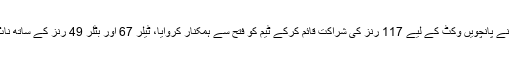
ٹیلر اور بٹلر نے پانچویں وکٹ کے لیے 117 رنز کی شراکت قائم کرکے ٹیم کو فتح سے ہمکنار کروایا، ٹیلر 67 اور بٹلر 49 رنز کے ساتھ ناٹ آؤٹ رہے۔